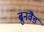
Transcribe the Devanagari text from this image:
ब्रुनवैंड